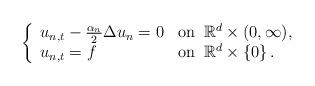
LaTeX: \begin{align*}\left\{\begin{array}{ll} u_{n,t}-\frac{\alpha_n}{2}\Delta u_n=0 & \textrm{on}\;\;\mathbb{R}^d\times(0,\infty), \\ u_{n,t}=f & \textrm{on}\;\;\mathbb{R}^d\times\left\{0\right\}.\end{array}\right. \end{align*}